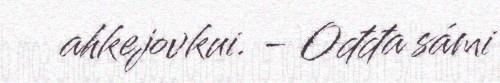
ahkejovkui. - Ođđa sámi